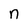
Character: n